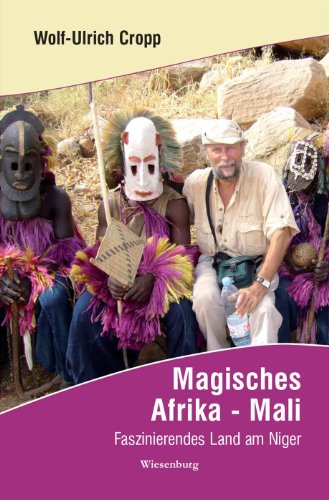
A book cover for Magisches Afrika - Mali: Faszinierendes Land am Niger (German Edition); Wolf-Ullrich Cropp; Travel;